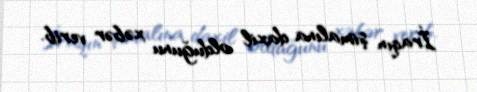
İraqın şimalına daxil olduğunu xəbər verib.